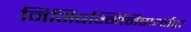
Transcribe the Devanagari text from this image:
निमिषन्निमिषार्ध्वाद्वा